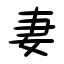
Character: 妻